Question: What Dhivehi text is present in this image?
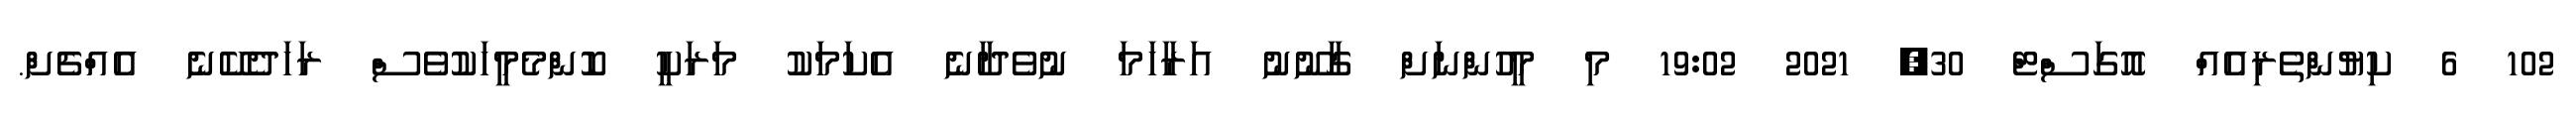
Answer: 102 6 ކިޔުންތެރިއެއް އޮގަސްޓް 30, 2021 19:02 މި މީހުންނަށް ގާނޫނު އަރާހަމަ ނުވެދާނެ އެކަމަކު މަރަކީ ކޮންމެމީހަކުވެސް ރަހަދެކޭނެ އެއްޗެށް.